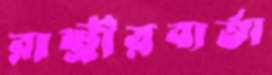
রাষ্ট্রীয়বার্তা